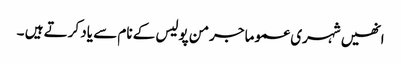
انھیں شہری عموما جرمن پولیس کے نام سے یاد کرتے ہیں ۔